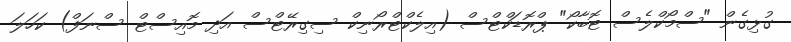
ގުޅިގެން "ސްމޯކްލެސް ޓޮބާކޯ" ޕްރޮޑަކްޓްސް (އިލެކްޓްރޯނިކް ސިގިރޭޓްސް އަދި މޮއިސްޓް ސްނަފް) ކަހަލަ